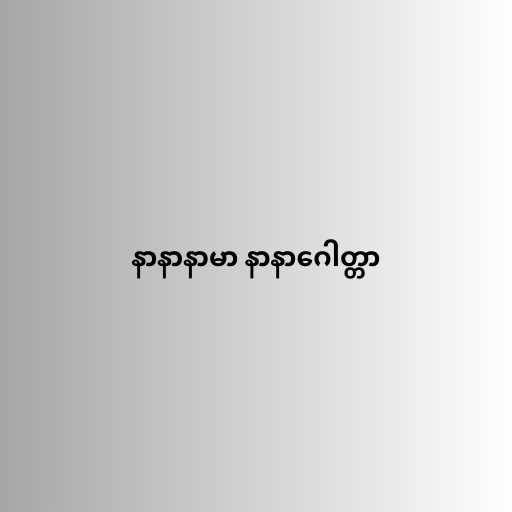
နာနာနာမာ နာနာဂေါတ္တာ